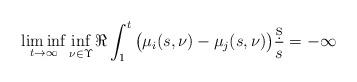
LaTeX: \begin{align*}\liminf_{t\to\infty} \inf_{\nu\in\Upsilon} \Re \int_1^t \big( \mu_i(s,\nu) - \mu_j(s,\nu) \big)\frac{\d s}s = -\infty\end{align*}